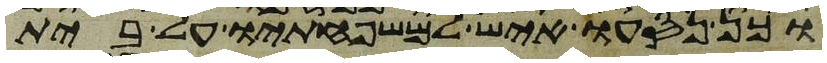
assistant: וכן נסעו איש למשפחותיו על בית